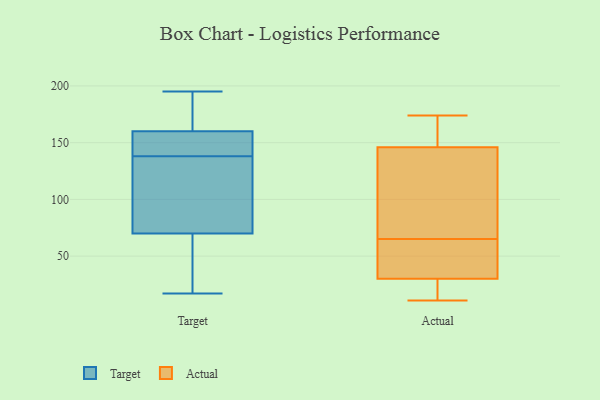
{"axis": {"x": "Inventory Turnover", "y": "Value"}, "legend": ["Actual", "Target"], "data": [{"x": "", "y": 70, "type": "Target"}, {"x": "", "y": 17, "type": "Target"}, {"x": "", "y": 140, "type": "Target"}, {"x": "", "y": 74, "type": "Target"}, {"x": "", "y": 192, "type": "Target"}, {"x": "", "y": 128, "type": "Target"}, {"x": "", "y": 144, "type": "Target"}, {"x": "", "y": 69, "type": "Target"}, {"x": "", "y": 48, "type": "Target"}, {"x": "", "y": 176, "type": "Target"}, {"x": "", "y": 195, "type": "Target"}, {"x": "", "y": 96, "type": "Target"}, {"x": "", "y": 136, "type": "Target"}, {"x": "", "y": 141, "type": "Target"}, {"x": "", "y": 172, "type": "Target"}, {"x": "", "y": 155, "type": "Target"}, {"x": "", "y": 160, "type": "Target"}, {"x": "", "y": 47, "type": "Target"}, {"x": "", "y": 174, "type": "Actual"}, {"x": "", "y": 82, "type": "Actual"}, {"x": "", "y": 48, "type": "Actual"}, {"x": "", "y": 103, "type": "Actual"}, {"x": "", "y": 42, "type": "Actual"}, {"x": "", "y": 44, "type": "Actual"}, {"x": "", "y": 146, "type": "Actual"}, {"x": "", "y": 11, "type": "Actual"}, {"x": "", "y": 16, "type": "Actual"}, {"x": "", "y": 146, "type": "Actual"}, {"x": "", "y": 165, "type": "Actual"}, {"x": "", "y": 18, "type": "Actual"}]}